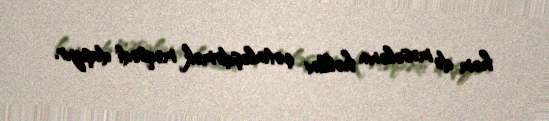
həm də məsələnin həllini çətinləşdirmək məqsədi daşıyır.